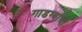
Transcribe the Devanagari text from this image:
गाडग्यांची